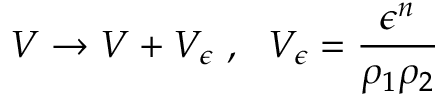
V \rightarrow V + V _ { \epsilon } \, \, , \, \, \, \, V _ { \epsilon } = \frac { \epsilon ^ { n } } { \rho _ { 1 } \rho _ { 2 } }